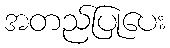
အတည်ပြုပေး